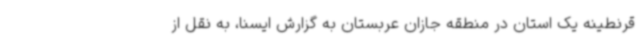
قرنطینه یک استان در منطقه جازان عربستان به گزارش ایسنا، به نقل از